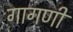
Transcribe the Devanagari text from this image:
गागणी